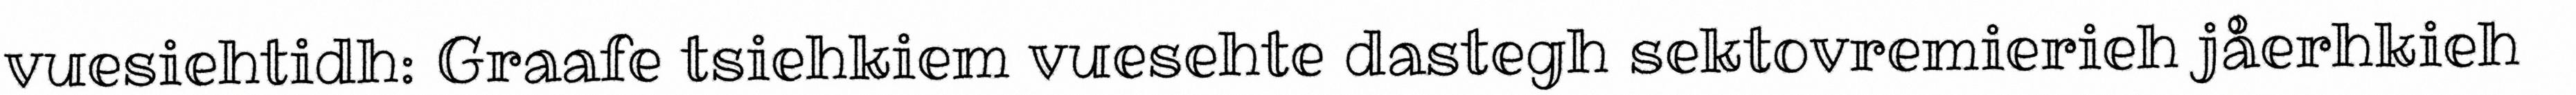
vuesiehtidh: Graafe tsiehkiem vuesehte dastegh sektovremierieh jåerhkieh